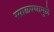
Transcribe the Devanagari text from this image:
रसाळपणामुळे